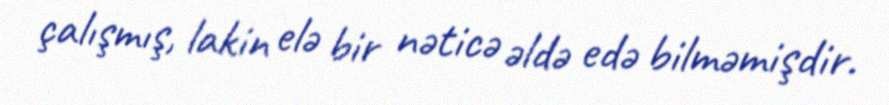
çalışmış, lakin elə bir nəticə əldə edə bilməmişdir.